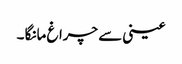
عینی سے چراغ مانگا ۔